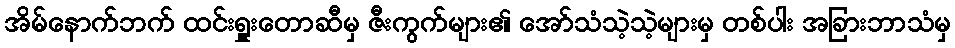
အိမ်နောက်ဘက် ထင်းရှူးတောဆီမှ ဇီးကွက်များ၏ အော်သံသဲ့သဲ့များမှ တစ်ပါး အခြားဘာသံမှ